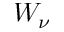
W _ { \nu }